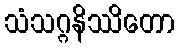
သံသဂ္ဂနိဿိတော